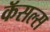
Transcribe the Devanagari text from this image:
कॅसल्स